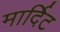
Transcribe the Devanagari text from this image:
मार्दिट